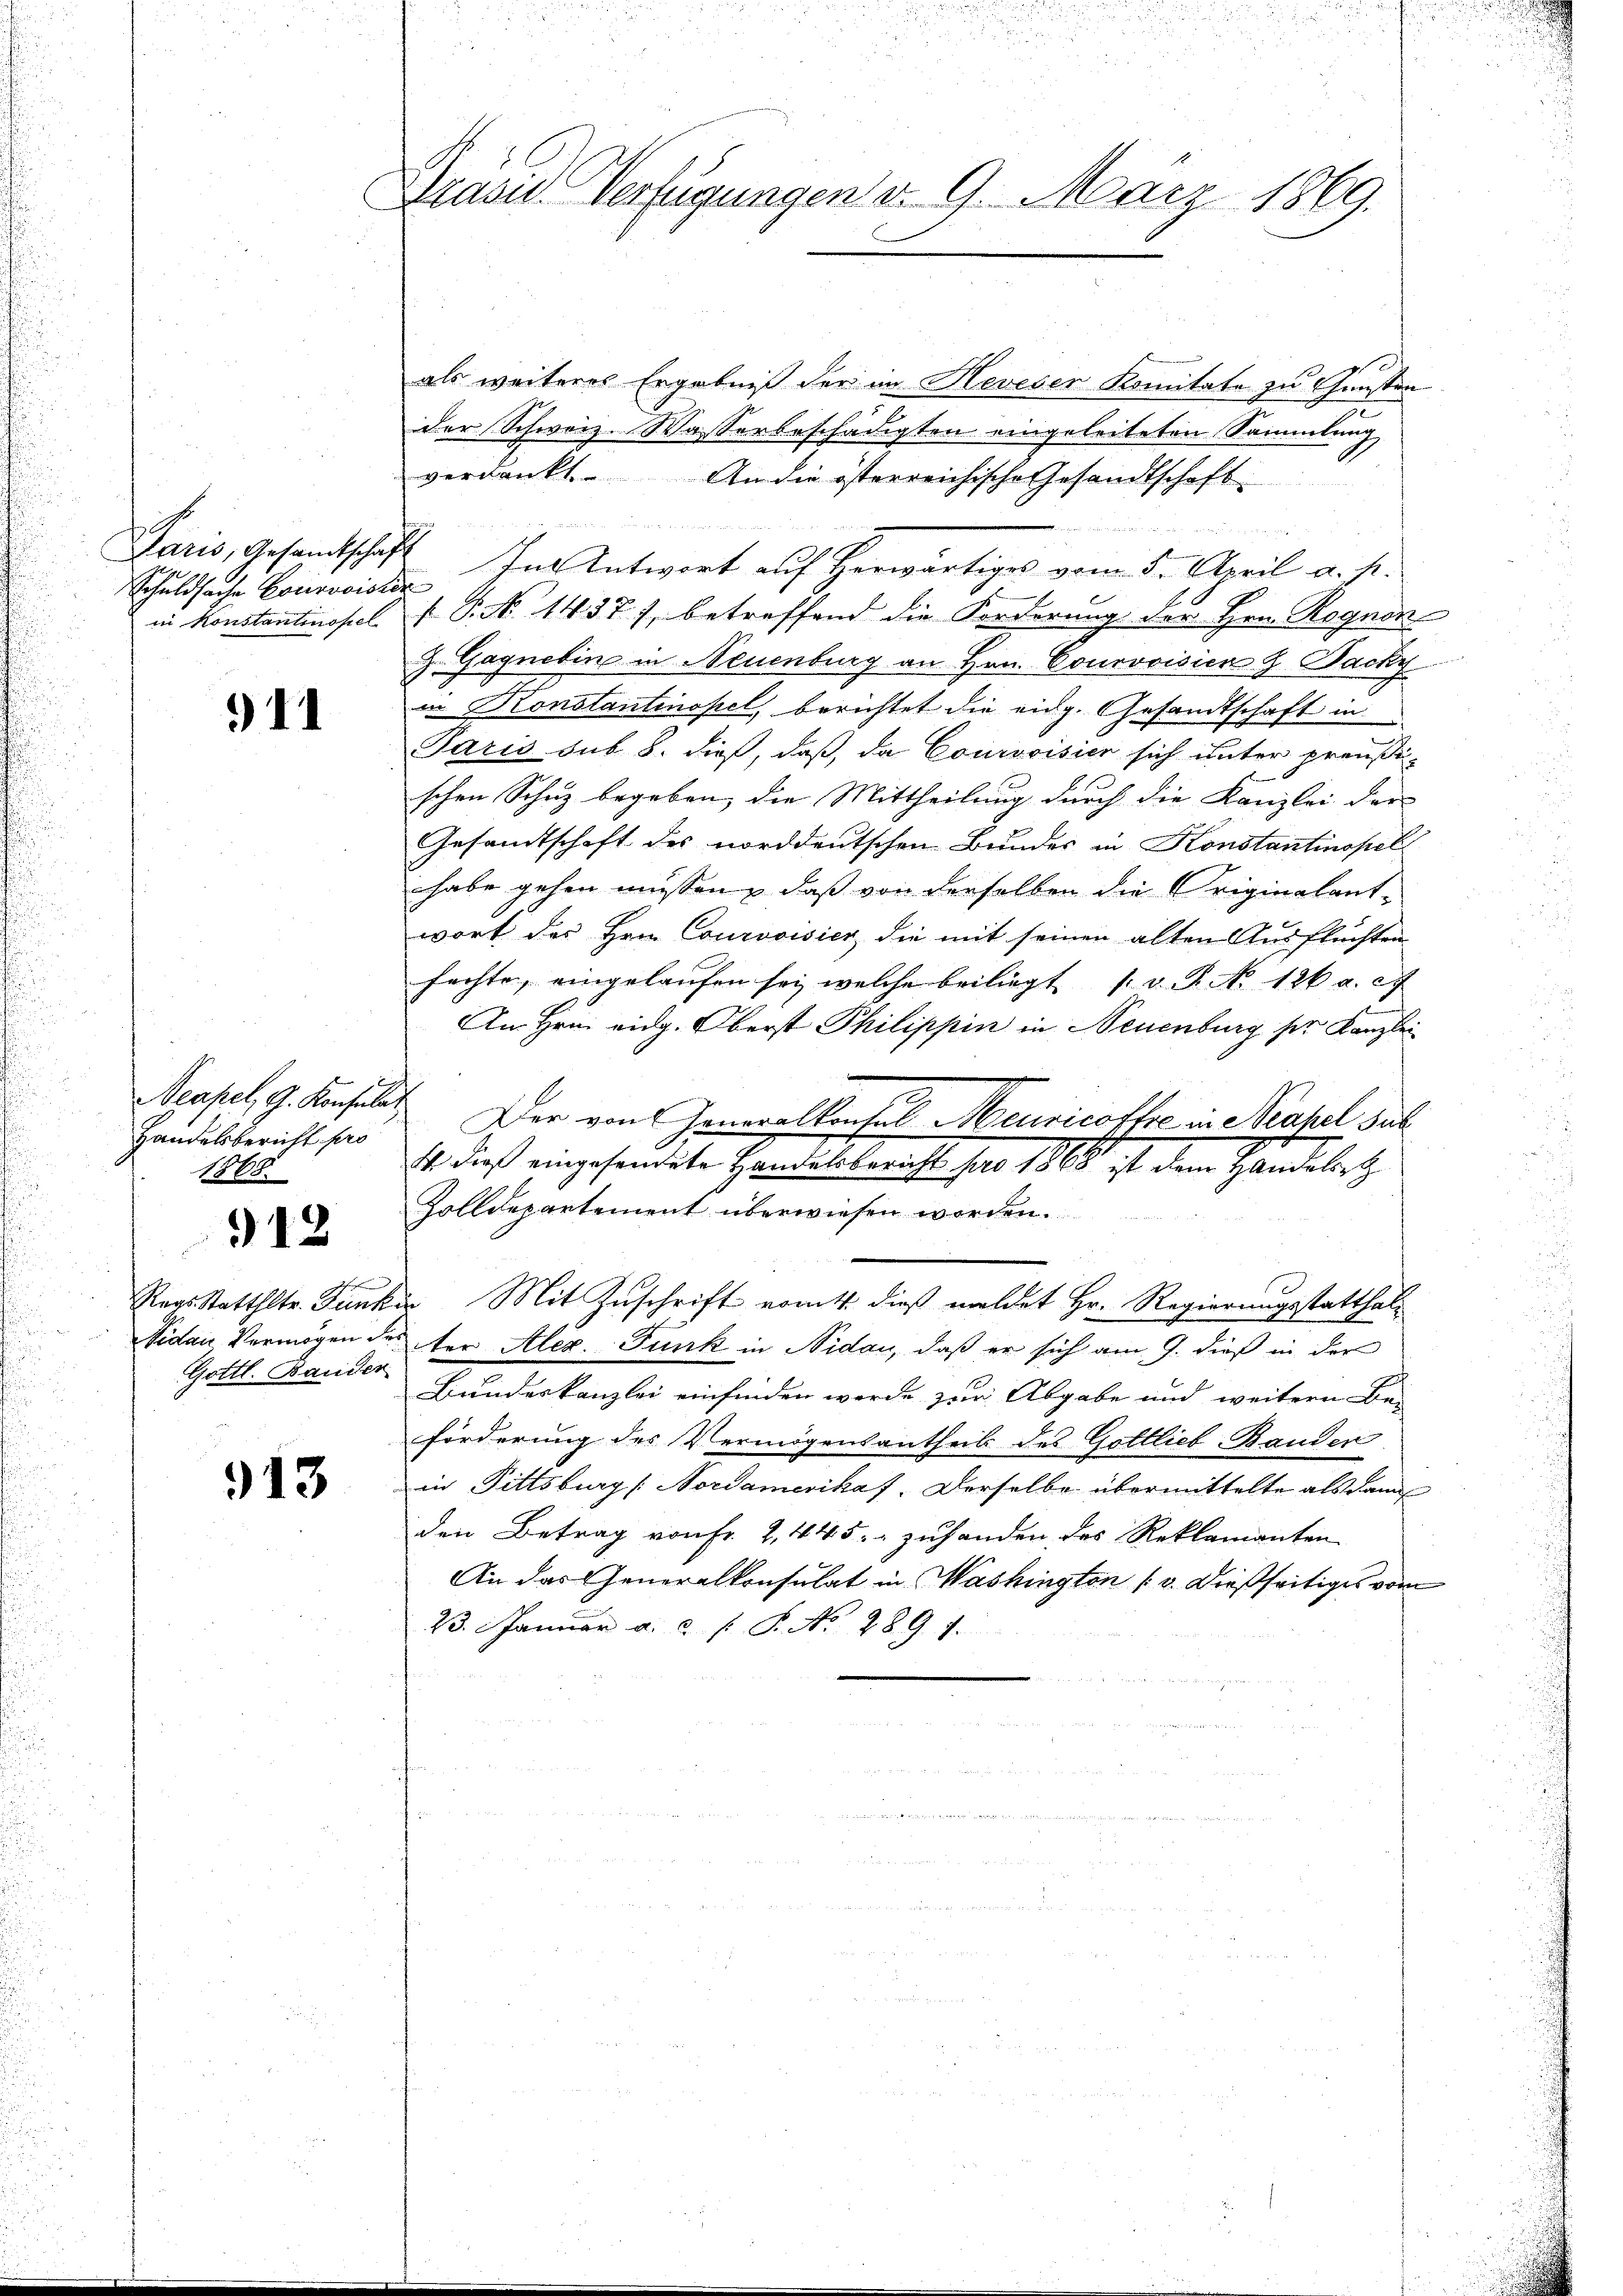
Schuldsache Courvoisier
in Konstantinopel

911

Handelsbericht pro
1868.

912

Regs Statthltr. Funk
Nidau Vermögen de
Gottl. Bander

913

Brasil Verfügungen d. 9. März 1869.

als weiteres Ergebniß der im Neveden Komitate zu Gunsten
der Schweiz. Wasserbeschädigten eingeleiteten Sammlung
verdankt. An die österreichische Gesandtschaft
B
Paris, Gesandtschaft. In Antwort auf Herwärtiges vom 5. April a. p.
 P. No 1437), betreffend die Forderung der Hrn. Rognon
Z. Gagnebin in Neuenburg an Hrn. Courvoisicn Z. Packy
in Konstantinopel berichtet die eidg. Gesandtschaft in
Paris sub 8. dieß, daß, da Courvoisier sich unter preußischen Schuz begeben, die Mittheilung durch die Kanzlei der
Gesandtschaft des norddeutschen Bundes in Konstantinopel
habe gehen müssen, daß von derselben die Originalant-
wort des Hrn. Courovisiez die mit seinen alten Ausfluchten
fachte, eingelaufen sei, welche beiliegt, s. v. P. No 126 a. c.
An Hrn. eidg. Oberst Philippin in Neuenburg ser Kanzlei
Scapel, G. Konsuls. Der von Generalkonsul Meuricothe in Neapel sub
1. dieß eingesendete Handelsbericht hat 1868 ist dem Handelt
Zolldepartement überwiesen worden.
 Mit Zuschrift ermitt. dieß meldet Hr. Regierungsstatthalter Alex. Funk in Nidau, daß er sich am 9. dieß in der
Bundeskanzlei einfinden werde zur Abgabe und weitern Be-
förderung des Vermögensantheils des Gottlieb Bander
in Pittsburg [Nordamerikaf. Derselbe übermittelte als dann
den Betrag von Fr. 2, 445. - zuhanden des Reklamanten
An das Generalkonsulat in Washington (v. Dießseitiges vom
23. Janŭar a. c. l. P. Nr. 289. 1.

.